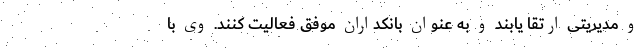
و مدیریتی ارتقا یابند و به عنوان بانکداران موفق فعالیت کنند. وی با